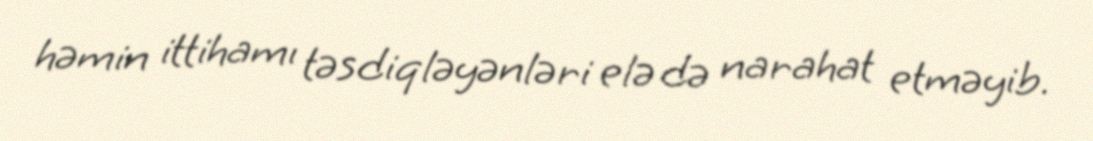
həmin ittihamı təsdiqləyənləri elə də narahat etməyib.